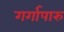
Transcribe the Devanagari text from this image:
गर्गापारु